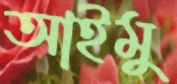
আইমু